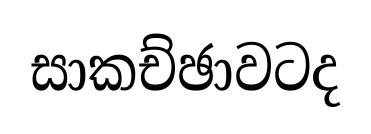
සාකච්ඡාවටද